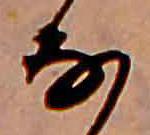
な